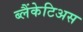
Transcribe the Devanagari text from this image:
ब्लैंकेटिअस